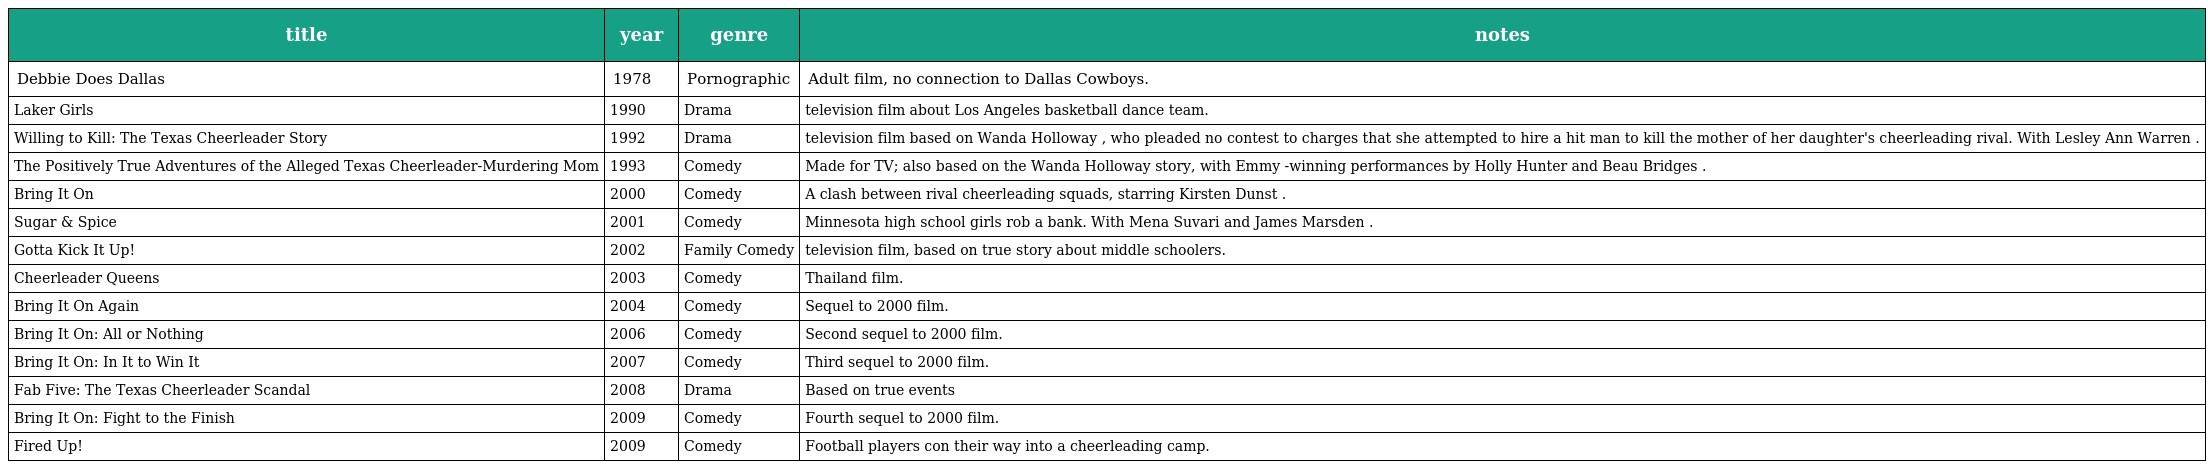
| title | year | genre | notes |
 | --- | --- | --- | --- |
 | Debbie Does Dallas | 1978 | Pornographic | Adult film, no connection to Dallas Cowboys. |
 | Laker Girls | 1990 | Drama | television film about Los Angeles basketball dance team. |
 | Willing to Kill: The Texas Cheerleader Story | 1992 | Drama | television film based on Wanda Holloway , who pleaded no contest to charges that she attempted to hire a hit man to kill the mother of her daughter's cheerleading rival. With Lesley Ann Warren . |
 | The Positively True Adventures of the Alleged Texas Cheerleader-Murdering Mom | 1993 | Comedy | Made for TV; also based on the Wanda Holloway story, with Emmy -winning performances by Holly Hunter and Beau Bridges . |
 | Bring It On | 2000 | Comedy | A clash between rival cheerleading squads, starring Kirsten Dunst . |
 | Sugar & Spice | 2001 | Comedy | Minnesota high school girls rob a bank. With Mena Suvari and James Marsden . |
 | Gotta Kick It Up! | 2002 | Family Comedy | television film, based on true story about middle schoolers. |
 | Cheerleader Queens | 2003 | Comedy | Thailand film. |
 | Bring It On Again | 2004 | Comedy | Sequel to 2000 film. |
 | Bring It On: All or Nothing | 2006 | Comedy | Second sequel to 2000 film. |
 | Bring It On: In It to Win It | 2007 | Comedy | Third sequel to 2000 film. |
 | Fab Five: The Texas Cheerleader Scandal | 2008 | Drama | Based on true events |
 | Bring It On: Fight to the Finish | 2009 | Comedy | Fourth sequel to 2000 film. |
 | Fired Up! | 2009 | Comedy | Football players con their way into a cheerleading camp. |